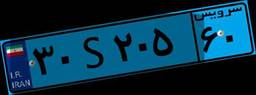
۸۴S۰۹۳۳۸